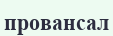
провансал